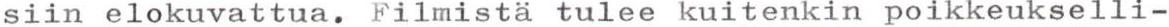
siin elokuvattua. Filmistä tulee kuitenkin poikkeukselli-